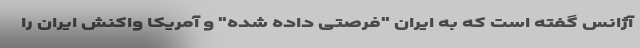
آژانس گفته است که به ایران "فرصتی داده شده" و آمریکا واکنش ایران را